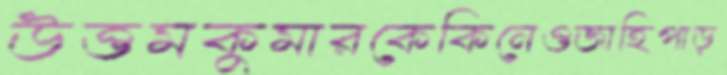
উত্তমকুমারকেকিনেওজাহিপাড়